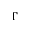
\Gamma